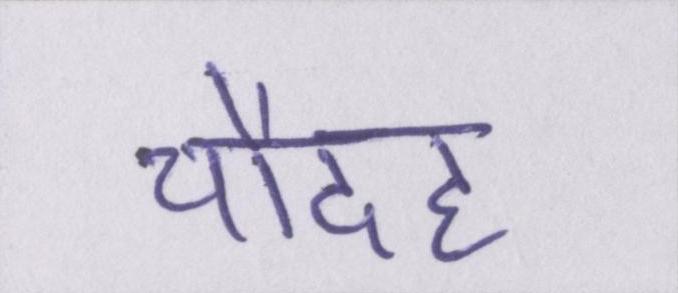
चौदह